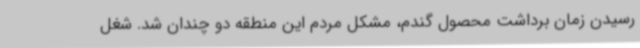
رسیدن زمان برداشت محصول گندم، مشکل مردم این منطقه دو چندان شد. شغل